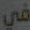
في